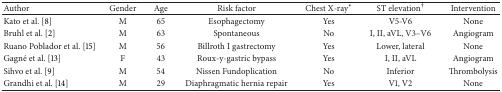
| Author | Gender | Age | Risk factor | Chest X-ray∗ | ST elevation† | Intervention |
 | --- | --- | --- | --- | --- | --- | --- |
 | Kato et al. [8] | M | 65 | Esophagectomy | Yes | V5-V6 | None |
 | Bruhl et al. [2] | M | 63 | Spontaneous | No | I, II, aVL, V3–V6 | Angiogram |
 | Ruano Poblador et al. [15] | M | 56 | Billroth I gastrectomy | Yes | Lower, lateral | None |
 | Gagné et al. [13] | F | 43 | Roux-y-gastric bypass | Yes | I, II, aVL | Angiogram |
 | Sihvo et al. [9] | M | 54 | Nissen Fundoplication | No | Inferior | Thrombolysis |
 | Grandhi et al. [14] | M | 29 | Diaphragmatic hernia repair | Yes | V1, V2 | None |